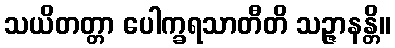
သယိတတ္တာ ပေါက္ခရသာတီတိ သဉ္ဇာနန္တိ။